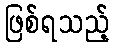
ဖြစ်ရသည့်